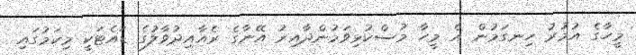
މީހާގެ އުމުރު ހިނގަމުން އެ މީހާ މުސްކުޅިވަމުންދާއިރު އޭނާގެ ރެއާއިދުވާލުގެ ޑައެޓަކީ މިކަމުގައި